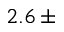
2 . 6 \, \pm